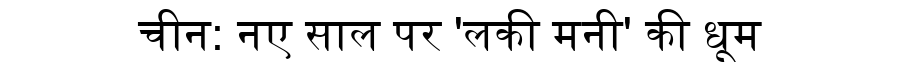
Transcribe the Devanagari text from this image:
चीन: नए साल पर 'लकी मनी' की धूम